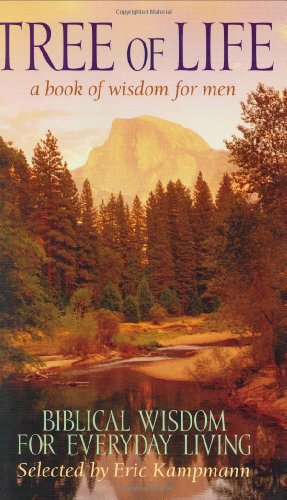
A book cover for Tree of Life: A Book of Wisdom for Men; Eric Kampmann; Christian Books & Bibles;